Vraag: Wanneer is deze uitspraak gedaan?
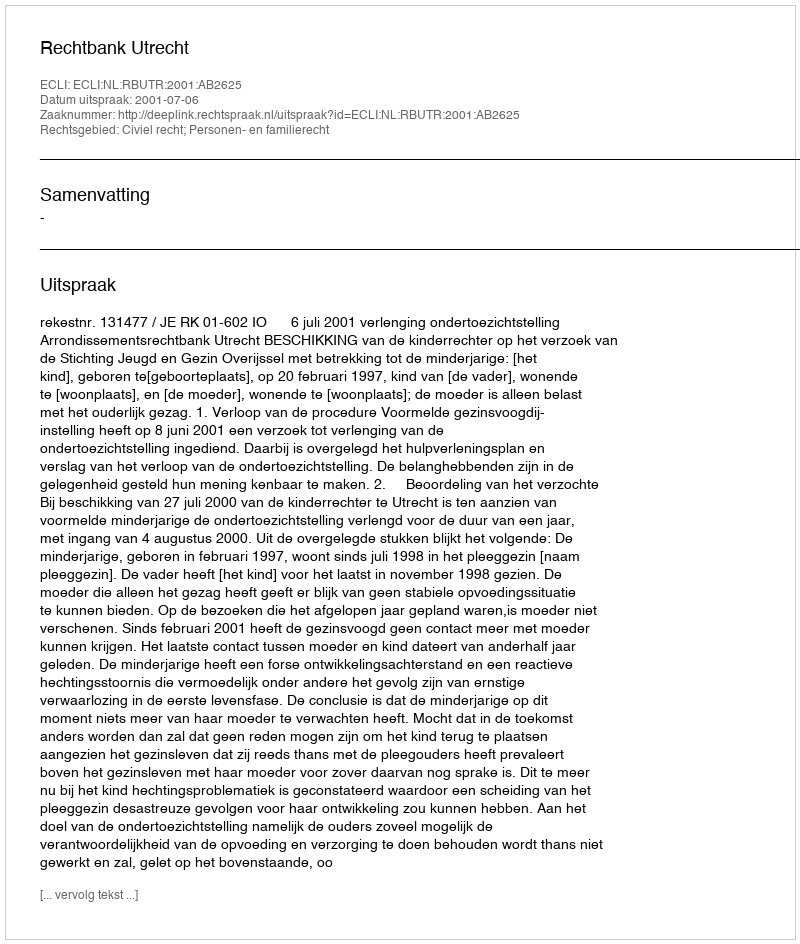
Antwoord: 2001-07-06